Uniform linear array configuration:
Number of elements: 16
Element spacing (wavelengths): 1
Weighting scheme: blackman
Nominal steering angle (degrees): -60
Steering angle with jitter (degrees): -59.6
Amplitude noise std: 0.05
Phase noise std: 0.05

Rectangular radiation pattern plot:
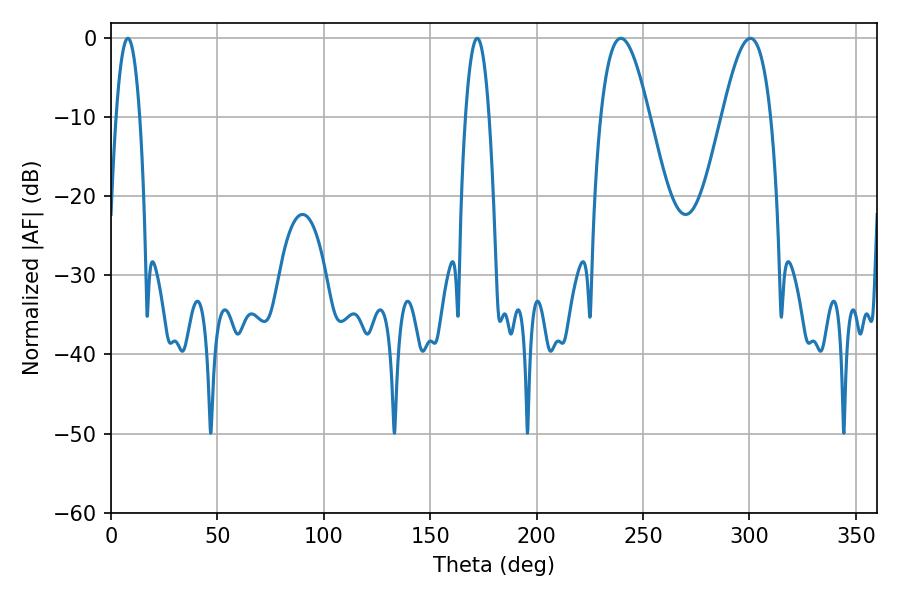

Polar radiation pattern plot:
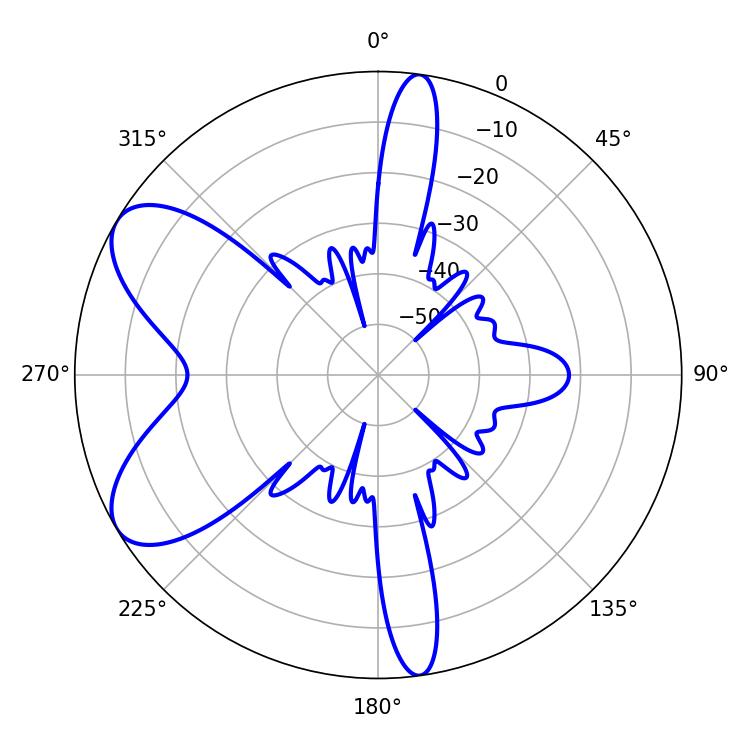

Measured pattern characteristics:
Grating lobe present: TRUE
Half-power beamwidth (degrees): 6.12
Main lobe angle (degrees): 7.92